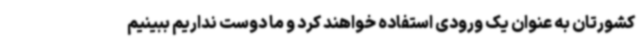
کشورتان به عنوان یک ورودی استفاده خواهند کرد و ما دوست نداریم ببینیم